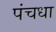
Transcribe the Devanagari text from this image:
पंचधा